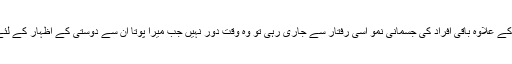
واثق خیال یہی ھے کہ عبدالقدوس قدوسی کے علاوہ باقی افراد کی جسمانی نمو اسی رفتار سے جاری رہی تو وہ وقت دور نہیں جب میرا پوتا ان سے دوستی کے اظہار کے لئے ان کا شخصی خاکہ مرتب کر رہا ھوگا۔